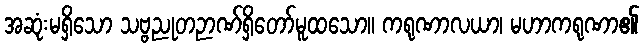
အဆုံးမရှိသော သဗ္ဗညုတဉာဏ်ရှိတော်မူထသော။ ကရုဏာလယာ၊ မဟာကရုဏာ၏